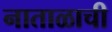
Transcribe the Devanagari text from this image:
नाताळाची